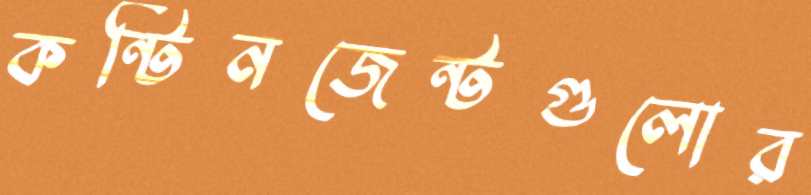
কন্টিনজেন্টগুলোর